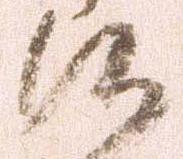
候